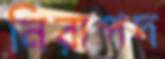
নিরাপদ